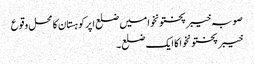
صوبہ خیبر پختونخوا میں ضلع اپرکوہستان کا محل وقوع
خیبر پختونخوا کا ایک ضلع۔